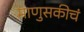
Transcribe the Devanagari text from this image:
माणुसकीचं